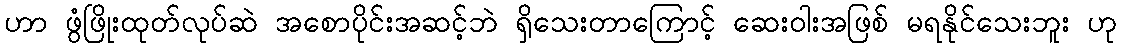
ဟာ ဖွံဖြိုးထုတ်လုပ်ဆဲ အစောပိုင်းအဆင့်ဘဲ ရှိသေးတာကြောင့် ဆေးဝါးအဖြစ် မရနိုင်သေးဘူး ဟု